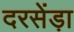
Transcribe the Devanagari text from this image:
दरसेंड़ा